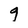
Character: g